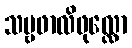
သဗ္ဗဖာလိဖုလ္လော